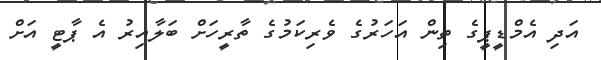
އަދި އެމްޑީޕީގެ ތިން އަހަރުގެ ވެރިކަމުގެ ތާރީހަށް ބަލާއިރު އެ ޕާޓީ އަށް